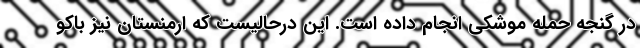
در گنجه حمله موشکی انجام داده است. این درحالیست که ارمنستان نیز باکو